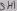
Text: SH1